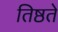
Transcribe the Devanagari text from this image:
तिष्ठते